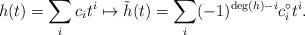
LaTeX: \begin{align*}h(t) =\sum_i c_i t^i \mapsto \tilde{h}(t)=\sum_i (-1)^{\deg(h)-i}c_i^\circ t^i.\end{align*}